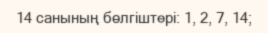
14 санының бөлгіштері: 1, 2, 7, 14;